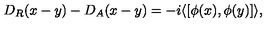
D _ { R } ( x - y ) - D _ { A } ( x - y ) = - i \langle [ \phi ( x ) , \phi ( y ) ] \rangle ,